Indian journal of veterinary science and animal husbandry - Volumes 24-25, 1954-1955
Year: 1954
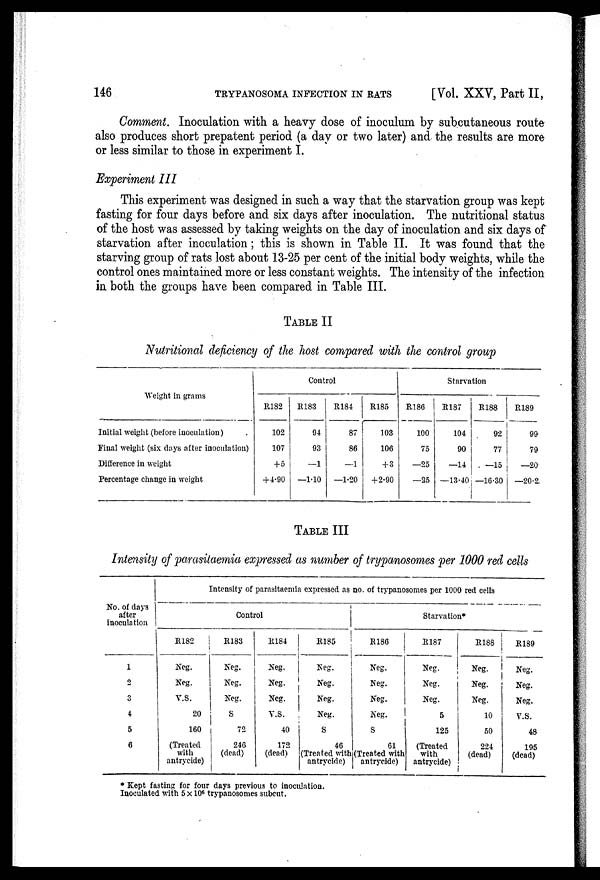
146
TRYPANOSOMA INFECTION IN RATS
[Vol. XXV, Part II,
Comment. Inoculation with a heavy dose of inoculum by subcutaneous route
also produces short prepatent period (a day or two later) and the results are more
or less similar to those in experiment I.
Experiment III
This experiment was designed in such a way that the starvation group was kept
fasting for four days before and six days after inoculation. The nutritional status
of the host was assessed by taking weights on the day of inoculation and six days of
starvation after inoculation; this is shown in Table II. It was found that the
starving group of rats lost about 13-25 per cent of the initial body weights, while the
control ones maintained more or less constant weights. The intensity of the infection
in both the groups have been compared in Table III.
TABLE II
Nutritional deficiency of the host compared with the control group
Weight in grams
Initial weight (before inoculation)
Final weight (six days after inoculation)
Difference in weight
Percentage change in weight
Control
R182
102
107
+ 5
+4.90
R183
94
93
—1
—1.10
R184
87
86
—1
—1.20
R185
103
106
+ 3
+2.90
Starvation
R186
100
75
—25
—25
R187
104
90
—14
—13.40
R188
92
77
—15
—16.30
R189
99
79
—20
—20.2
TABLE III
Intensity of parasitaemia expressed as number of trypanosomes per 1000 red cells
No. of days
after
inoculation
1
2
3
4
5
6
Intensity of parasitaemia expressed as no. of trypanosomes per 1000 red cells
Control
R182
Neg.
Neg.
V.S.
20
160
(Treated
with
antrycide)
R183
Neg.
Neg.
Neg.
S
72
246
(dead)
R184
Neg.
Neg.
Neg.
V.S.
40
172
(dead)
R185
Neg.
Neg.
Neg.
Neg.
S
46
(Treated with
antrycide)
Starvation*
R186
Neg.
Neg.
Neg.
Neg.
S
61
(Treated with
antrycide)
R187
Neg.
Neg.
Neg.
5
125
(Treated
with
antrycide)
R188
Neg.
Neg.
Neg.
10
50
224
(dead)
R189
Neg.
Neg.
Neg.
V.S.
48
195
(dead)
* Kept fasting for four days previous to inoculation.
Inoculated with 5×10 6 trypanosomes subcut.